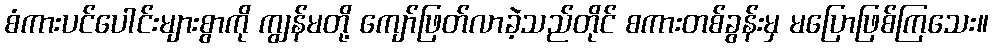
စံကားပင်ပေါင်းများစွာကို ကျွန်မတို့ ကျော်ဖြတ်လာခဲ့သည်တိုင် စကားတစ်ခွန်းမှ မပြောဖြစ်ကြသေး။